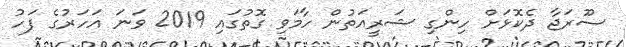
ސޫރަޖާ ދެކޮޅަށް ހިންގި ޝަރީއަތުން ހާމަވި ގޮތުގައި 2019 ވަނަ އަހަރުގެ ފަހު